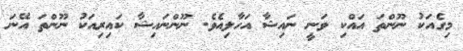
މިގެއަކު ނޫންތަ އައްކި ވަނީ ނައިޝާ އަހާލިއެވެ. ނޫންނައިޝާ ކައިރިއަކު ނޫންތަ އޭނަ